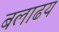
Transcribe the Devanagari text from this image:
बलाढय